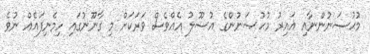
މުޙުޞަނުންނާއި ޣައިރު މުޙުޞަނުންގެ އުސޫލު އެއްވެސް ވަރަކަށް މި ގާނޫނުގައި ހިމެނިފައެއް ނުވެ